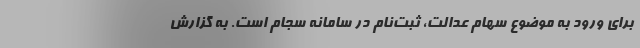
برای ورود به موضوع سهام عدالت، ثبت‌نام در سامانه سجام است. به گزارش